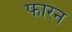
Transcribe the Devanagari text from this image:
फारन